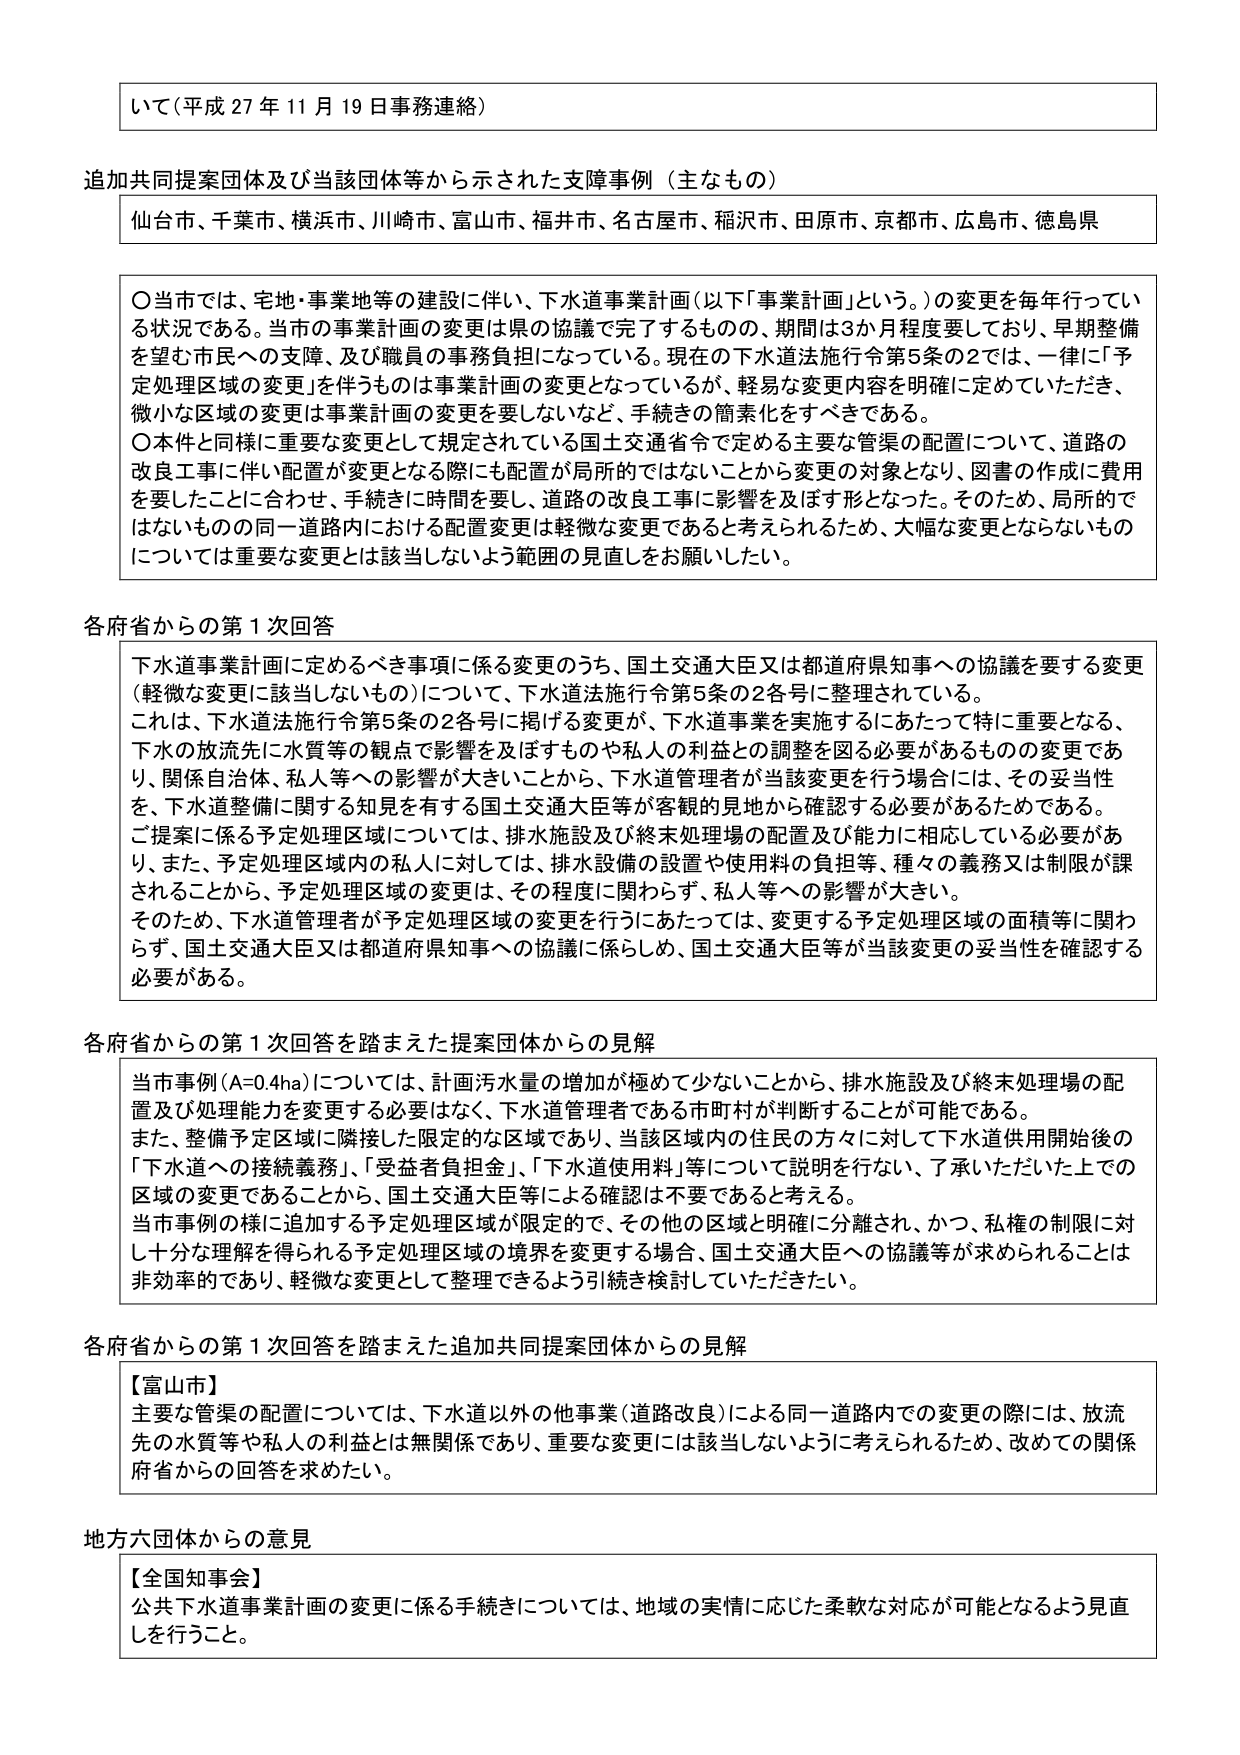
いて（平成27年11月19日事務連絡）

追加共同提案団体及び当該団体等から示された支援事例（主なもの）
仙台市、千葉市、横浜市、川崎市、富山市、福井市、名古屋市、稲沢市、田原市、京都市、広島市、徳島県

〇当市では、宅地・事業地等の建設に伴い、下水道事業計画（以下「事業計画」という。）の変更を毎年行っている状況である。当市の事業計画の変更は県の協議で完了するものの、期間は3か月程度要しており、早期整備を望む市民への支障、及び職員の事務負担になっている。現在の下水道法施行令第5条の2では、一律に「予定処理区域の変更」を伴うものは事業計画の変更となっているが、軽易な変更内容を明確に定めていただき、微小な区域の変更は事業計画の変更を要しないなど、手続きの簡素化をすべきである。
〇本件と同様に重要な変更として規定されている国土交通省令で定める主要な管渠の配置について、道路の改良工事に伴い配置が変更となる際にも配置が局所的ではないことから変更の対象となり、図書の作成に費用を要したことに合わせ、手続きに時間を要し、道路の改良工事に影響を及ぼす形となった。そのため、局所的ではないものの同一道路内における配置変更は軽微な変更であると考えられるため、大幅な変更とならないものについては重要な変更とは該当しないよう範囲の見直しをお願いしたい。

各府省からの第1次回答
下水道事業計画に定めるべき事項に係る変更のうち、国土交通大臣又は都道府県知事への協議を要する変更（軽微な変更に該当しないもの）について、下水道法施行令第5条の2各号に整理されている。
これは、下水道法施行令第5条の2各号に掲げる変更が、下水道事業を実施するにあたって特に重要となる、下水の放流先に水質等の観点で影響を及ぼすものや私人の利益との調整を図る必要があるものの変更であり、関係自治体、私人等への影響が大きいことから、下水道管理者が当該変更を行う場合には、その妥当性を、下水道整備に関する知見を有する国土交通大臣等が客観的見地から確認する必要があるためである。
ご提案に係る予定処理区域については、排水施設及び終末処理場の配置及び能力に相応している必要があり、また、予定処理区域内の私人に対しては、排水設備の設置や使用料の負担等、種々の義務又は制限が課されることから、予定処理区域の変更は、その程度に関わらず、私人等への影響が大きい。
そのため、下水道管理者が予定処理区域の変更を行うにあたっては、変更する予定処理区域の面積等に関わらず、国土交通大臣又は都道府県知事への協議に係らしめ、国土交通大臣等が当該変更の妥当性を確認する必要がある。

各府省からの第1次回答を踏まえた提案団体からの見解
当市事例（A=0.4ha）については、計画汚水量の増加が極めて少ないことから、排水施設及び終末処理場の配置及び処理能力を変更する必要はなく、下水道管理者である市町村が判断することが可能である。
また、整備予定区域に隣接した限定的な区域であり、当該区域内の住民の方々に対して下水道供用開始後の「下水道への接続義務」、「受益者負担金」、「下水道使用料」等について説明を行い、了承いただいた上での区域の変更であることから、国土交通大臣等による確認は不要であると考える。
当市事例の様に追加する予定処理区域が限定的で、その他の区域と明確に分離され、かつ、私権の制限に対し十分な理解を得られる予定処理区域の境界を変更する場合、国土交通大臣への協議等が求められることは非効率的であり、軽微な変更として整理できるよう引続き検討していただきたい。

各府省からの第1次回答を踏まえた追加共同提案団体からの見解
【富山市】
主要な管渠の配置については、下水道以外の他事業（道路改良）による同一道路内での変更の際には、放流先の水質等や私人の利益とは無関係であり、重要な変更には該当しないように考えられるため、改めての関係府省からの回答を求めたい。

地方六団体からの意見
【全国知事会】
公共下水道事業計画の変更に係る手続きについては、地域の実情に応じた柔軟な対応が可能となるよう見直しを行うこと。